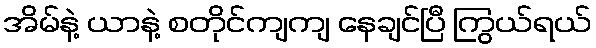
အိမ်နဲ့ ယာနဲ့ စတိုင်ကျကျ နေချင်ပြီ ကြွယ်ရယ်